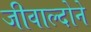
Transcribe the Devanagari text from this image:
जीवाल्दोने